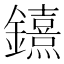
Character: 𨯨